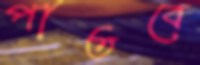
পাতবে